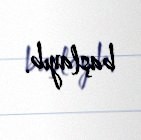
başlayıb.